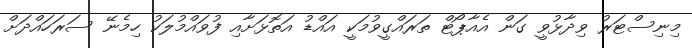
މިނިސްޓަރު ވިދާޅުވީ ގަން އެއާޕޯޓް ތަރައްގީވުމަކީ އައްޑު އަތޮޅަށާއި ފުވައްމުލަކު ހިމެނޭ ސަރަހައްދަށް